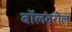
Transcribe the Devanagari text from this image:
बॉलवरील